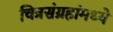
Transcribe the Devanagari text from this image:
चित्रसंग्रहांमध्ये